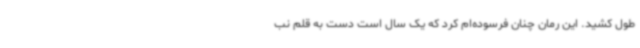
طول کشید. این رمان چنان فرسوده‌ام کرد که یک سال است دست به قلم نب